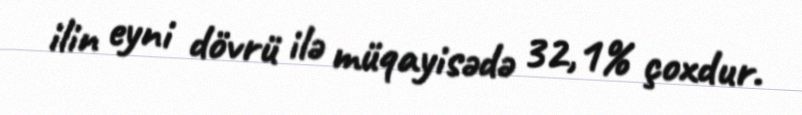
ilin eyni dövrü ilə müqayisədə 32,1% çoxdur.